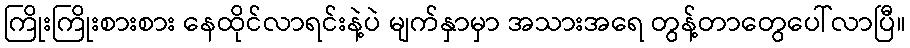
ကြိုးကြိုးစားစား နေထိုင်လာရင်းနဲ့ပဲ မျက်နှာမှာ အသားအရေ တွန့်တာတွေပေါ်လာပြီ။